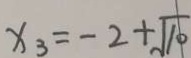
x _ { 3 } = - 2 + \sqrt { 1 0 }